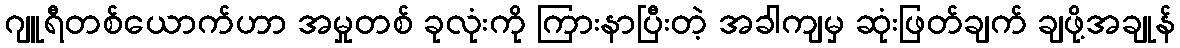
ဂျူရီတစ်ယောက်ဟာ အမှုတစ် ခုလုံးကို ကြားနာပြီးတဲ့ အခါကျမှ ဆုံးဖြတ်ချက် ချဖို့အချုန်